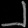
Digit: ၂